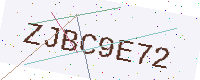
Text: ZJBC9E72